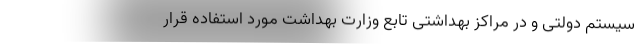
سیستم دولتی و در مراکز بهداشتی تابع وزارت بهداشت مورد استفاده قرار